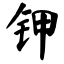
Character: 钾